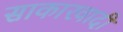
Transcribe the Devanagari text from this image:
साकारवादी